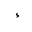
Letter: _hamza